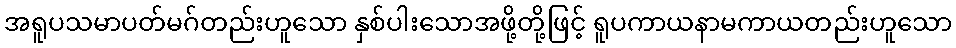
အရူပသမာပတ်မဂ်တည်းဟူသော နှစ်ပါးသောအဖို့တို့ဖြင့် ရူပကာယနာမကာယတည်းဟူသော